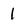
Character: 1